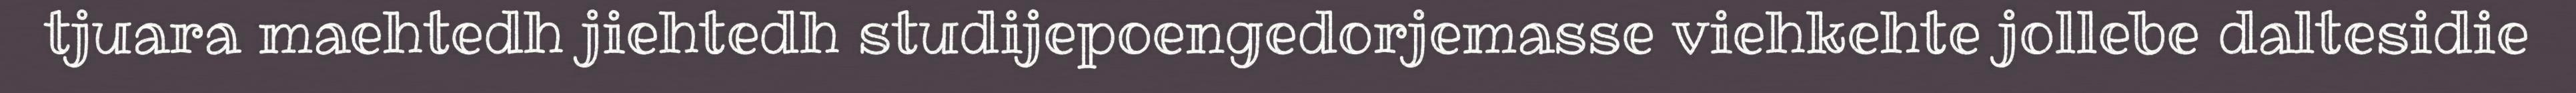
tjuara maehtedh jiehtedh studijepoengedorjemasse viehkehte jollebe daltesidie